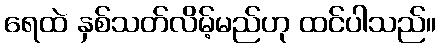
ရေထဲ နှစ်သတ်လိမ့်မည်ဟု ထင်ပါသည်။